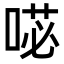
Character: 𭈺